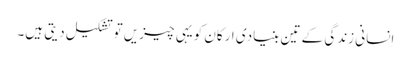
اِنسانی زندگی کے تین بنیادی ارکان کویہی چیزیں توتشکیل دیتی ہیں۔